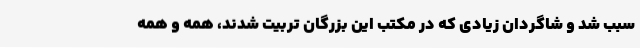
سبب شد و شاگردان زیادی که در مکتب این بزرگان تربیت شدند، همه و همه